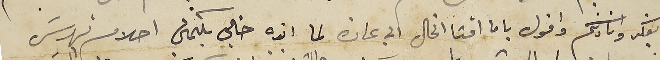
بفكر وانادكم واقول ياما أمتا الخال الي عادة لما انده خالي بكلمتي احلام تهدسَ